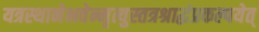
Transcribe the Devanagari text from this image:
यत्रस्थानेभवेन्मृत्युस्तत्रश्राद्धंप्रकल्पयेत्